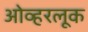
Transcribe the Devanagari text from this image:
ओव्हरलूक